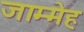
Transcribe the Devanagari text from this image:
जाम्मेह